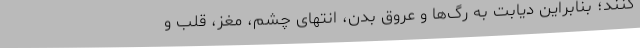
کنند؛ بنابراین دیابت به رگ‌ها و عروق بدن، انتهای چشم، مغز، قلب و